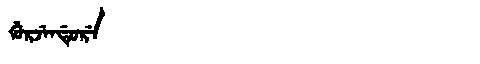
Manchu: ᡤᡠᡵᠵᡝᠨᡩᡠᡵᡝ
Romanization: GURJENDURE